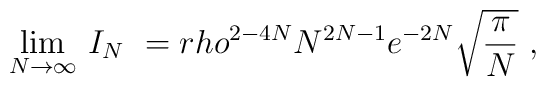
\lim_{N\rightarrow\infty}\,I_N\ =\\rho^{2-4N}N^{2N-1}e^{-2N}\sqrt{\pi\over N}\ ,